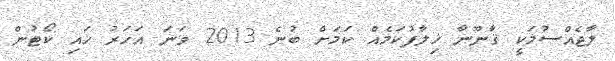
ލާޖެއްސުމަކީ ޤާނޫނާ ޚިލާފުކަމެއް ކަމަށް ބުނެ 2013 ވަނަ އަހަރު ހައި ކޯޓުން